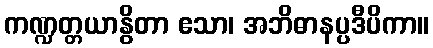
ကဏ္ဍတ္တယာနွိတာ ဧသာ၊ အဘိဓာနပ္ပဒီပိကာ။